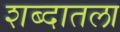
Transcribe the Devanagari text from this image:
शब्दातला